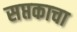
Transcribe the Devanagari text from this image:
सप्तकाचा